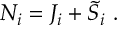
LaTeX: { \cal N } _ { i } = J _ { i } + { \tilde { S } } _ { i } \ .